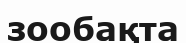
зообақта